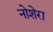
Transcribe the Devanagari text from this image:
नोशेरा